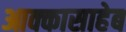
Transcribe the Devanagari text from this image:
आक्कासाहेब